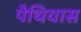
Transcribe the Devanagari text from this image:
पैथियास